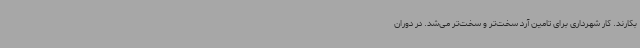
بکارند. کار شهرداری برای تامین آرد سخت‌تر و سخت‌تر می‌شد. در دوران